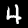
Label: 4